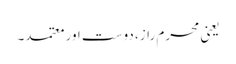
یعنی محرم راز، دوست اور معتمد۔